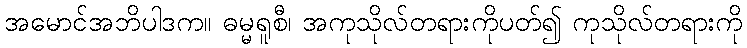
အမောင်အဘိပါဒက။ ဓမ္မရူစီ၊ အကုသိုလ်တရားကိုပတ်၍ ကုသိုလ်တရားကို